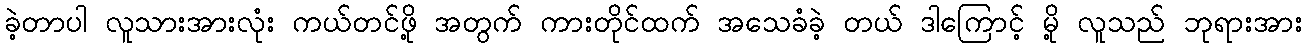
ခဲ့တာပါ လူသားအားလုံး ကယ်တင်ဖို့ အတွက် ကားတိုင်ထက် အသေခံခဲ့ တယ် ဒါကြောင့် မို့ လူသည် ဘုရားအား